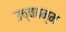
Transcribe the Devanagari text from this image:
उच्चतम्म